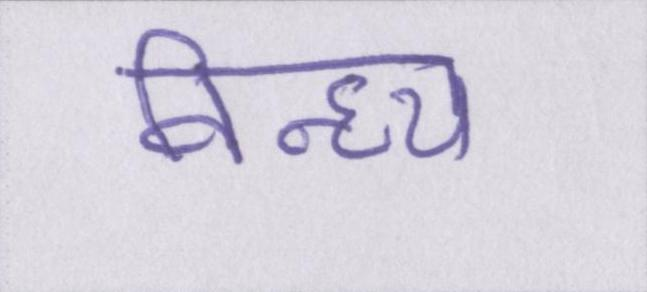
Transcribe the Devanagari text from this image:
विन्ध्य